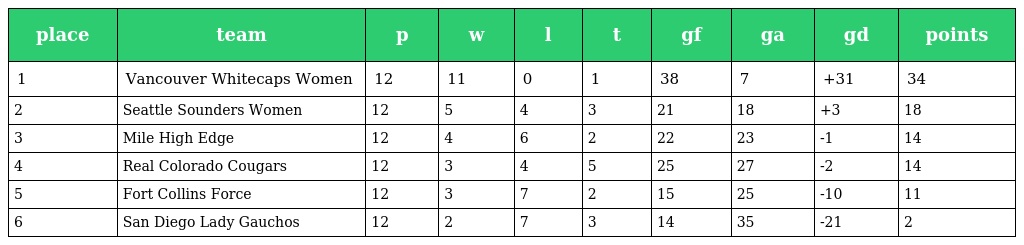
| place | team | p | w | l | t | gf | ga | gd | points |
 | --- | --- | --- | --- | --- | --- | --- | --- | --- | --- |
 | 1 | Vancouver Whitecaps Women | 12 | 11 | 0 | 1 | 38 | 7 | +31 | 34 |
 | 2 | Seattle Sounders Women | 12 | 5 | 4 | 3 | 21 | 18 | +3 | 18 |
 | 3 | Mile High Edge | 12 | 4 | 6 | 2 | 22 | 23 | -1 | 14 |
 | 4 | Real Colorado Cougars | 12 | 3 | 4 | 5 | 25 | 27 | -2 | 14 |
 | 5 | Fort Collins Force | 12 | 3 | 7 | 2 | 15 | 25 | -10 | 11 |
 | 6 | San Diego Lady Gauchos | 12 | 2 | 7 | 3 | 14 | 35 | -21 | 2 |